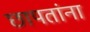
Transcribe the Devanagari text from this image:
छापतांना